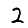
Digit: 2